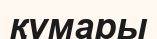
құмары